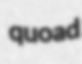
quoad